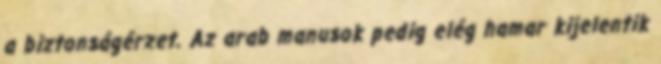
a biztonságérzet. Az arab manusok pedig elég hamar kijelentik